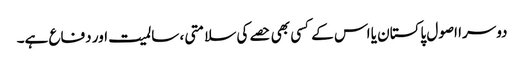
دوسرا اصول پاکستان یا اس کے کسی بھی حصے کی سلامتی ، سالمیت اور دفاع ہے۔